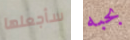
سأجعلها بحبه